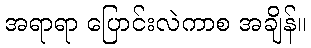
အရာရာ ပြောင်းလဲကာစ အချိန်။